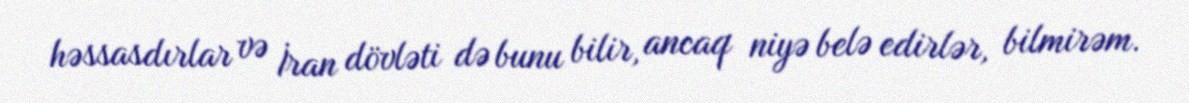
həssasdırlar və İran dövləti də bunu bilir, ancaq niyə belə edirlər, bilmirəm.